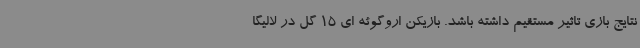
نتایج بازی تاثیر مستقیم داشته باشد. بازیکن اروگوئه ای 15 گل در لالیگا